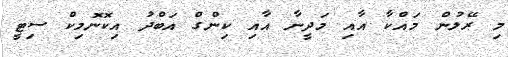
މި ރޭލުން މައްކާ އާއި މަދީނާ އާއި ކިންގް އަބްދު އިކޮނޮމިކް ސިޓީ